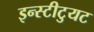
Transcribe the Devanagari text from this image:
इन्स्टीटुयट